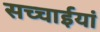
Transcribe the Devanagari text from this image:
सच्चाईयां